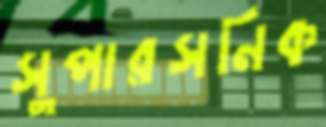
সুপারসনিক